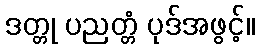
ဒတ္တု ပညတ္တံ ပုဒ်အဖွင့်။